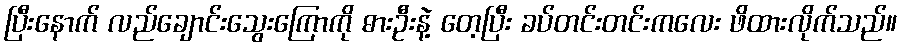
ပြီးနောက် လည်ချောင်းသွေးကြောကို ဓားဦးနဲ့ တေ့ပြီး ခပ်တင်းတင်းကလေး ဖိထားလိုက်သည်။